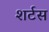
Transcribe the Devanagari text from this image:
शर्टस